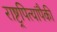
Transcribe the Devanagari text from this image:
राष्ट्रपित्यांपैकी